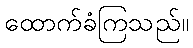
ထောက်ခံကြသည်။